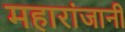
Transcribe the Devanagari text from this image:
महारांजानी